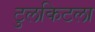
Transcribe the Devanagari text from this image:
टुलकिटला